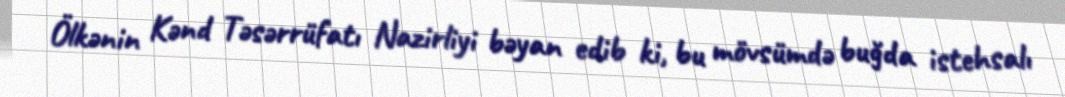
Ölkənin Kənd Təsərrüfatı Nazirliyi bəyan edib ki, bu mövsümdə buğda istehsalı